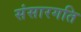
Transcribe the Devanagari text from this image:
संसारगति